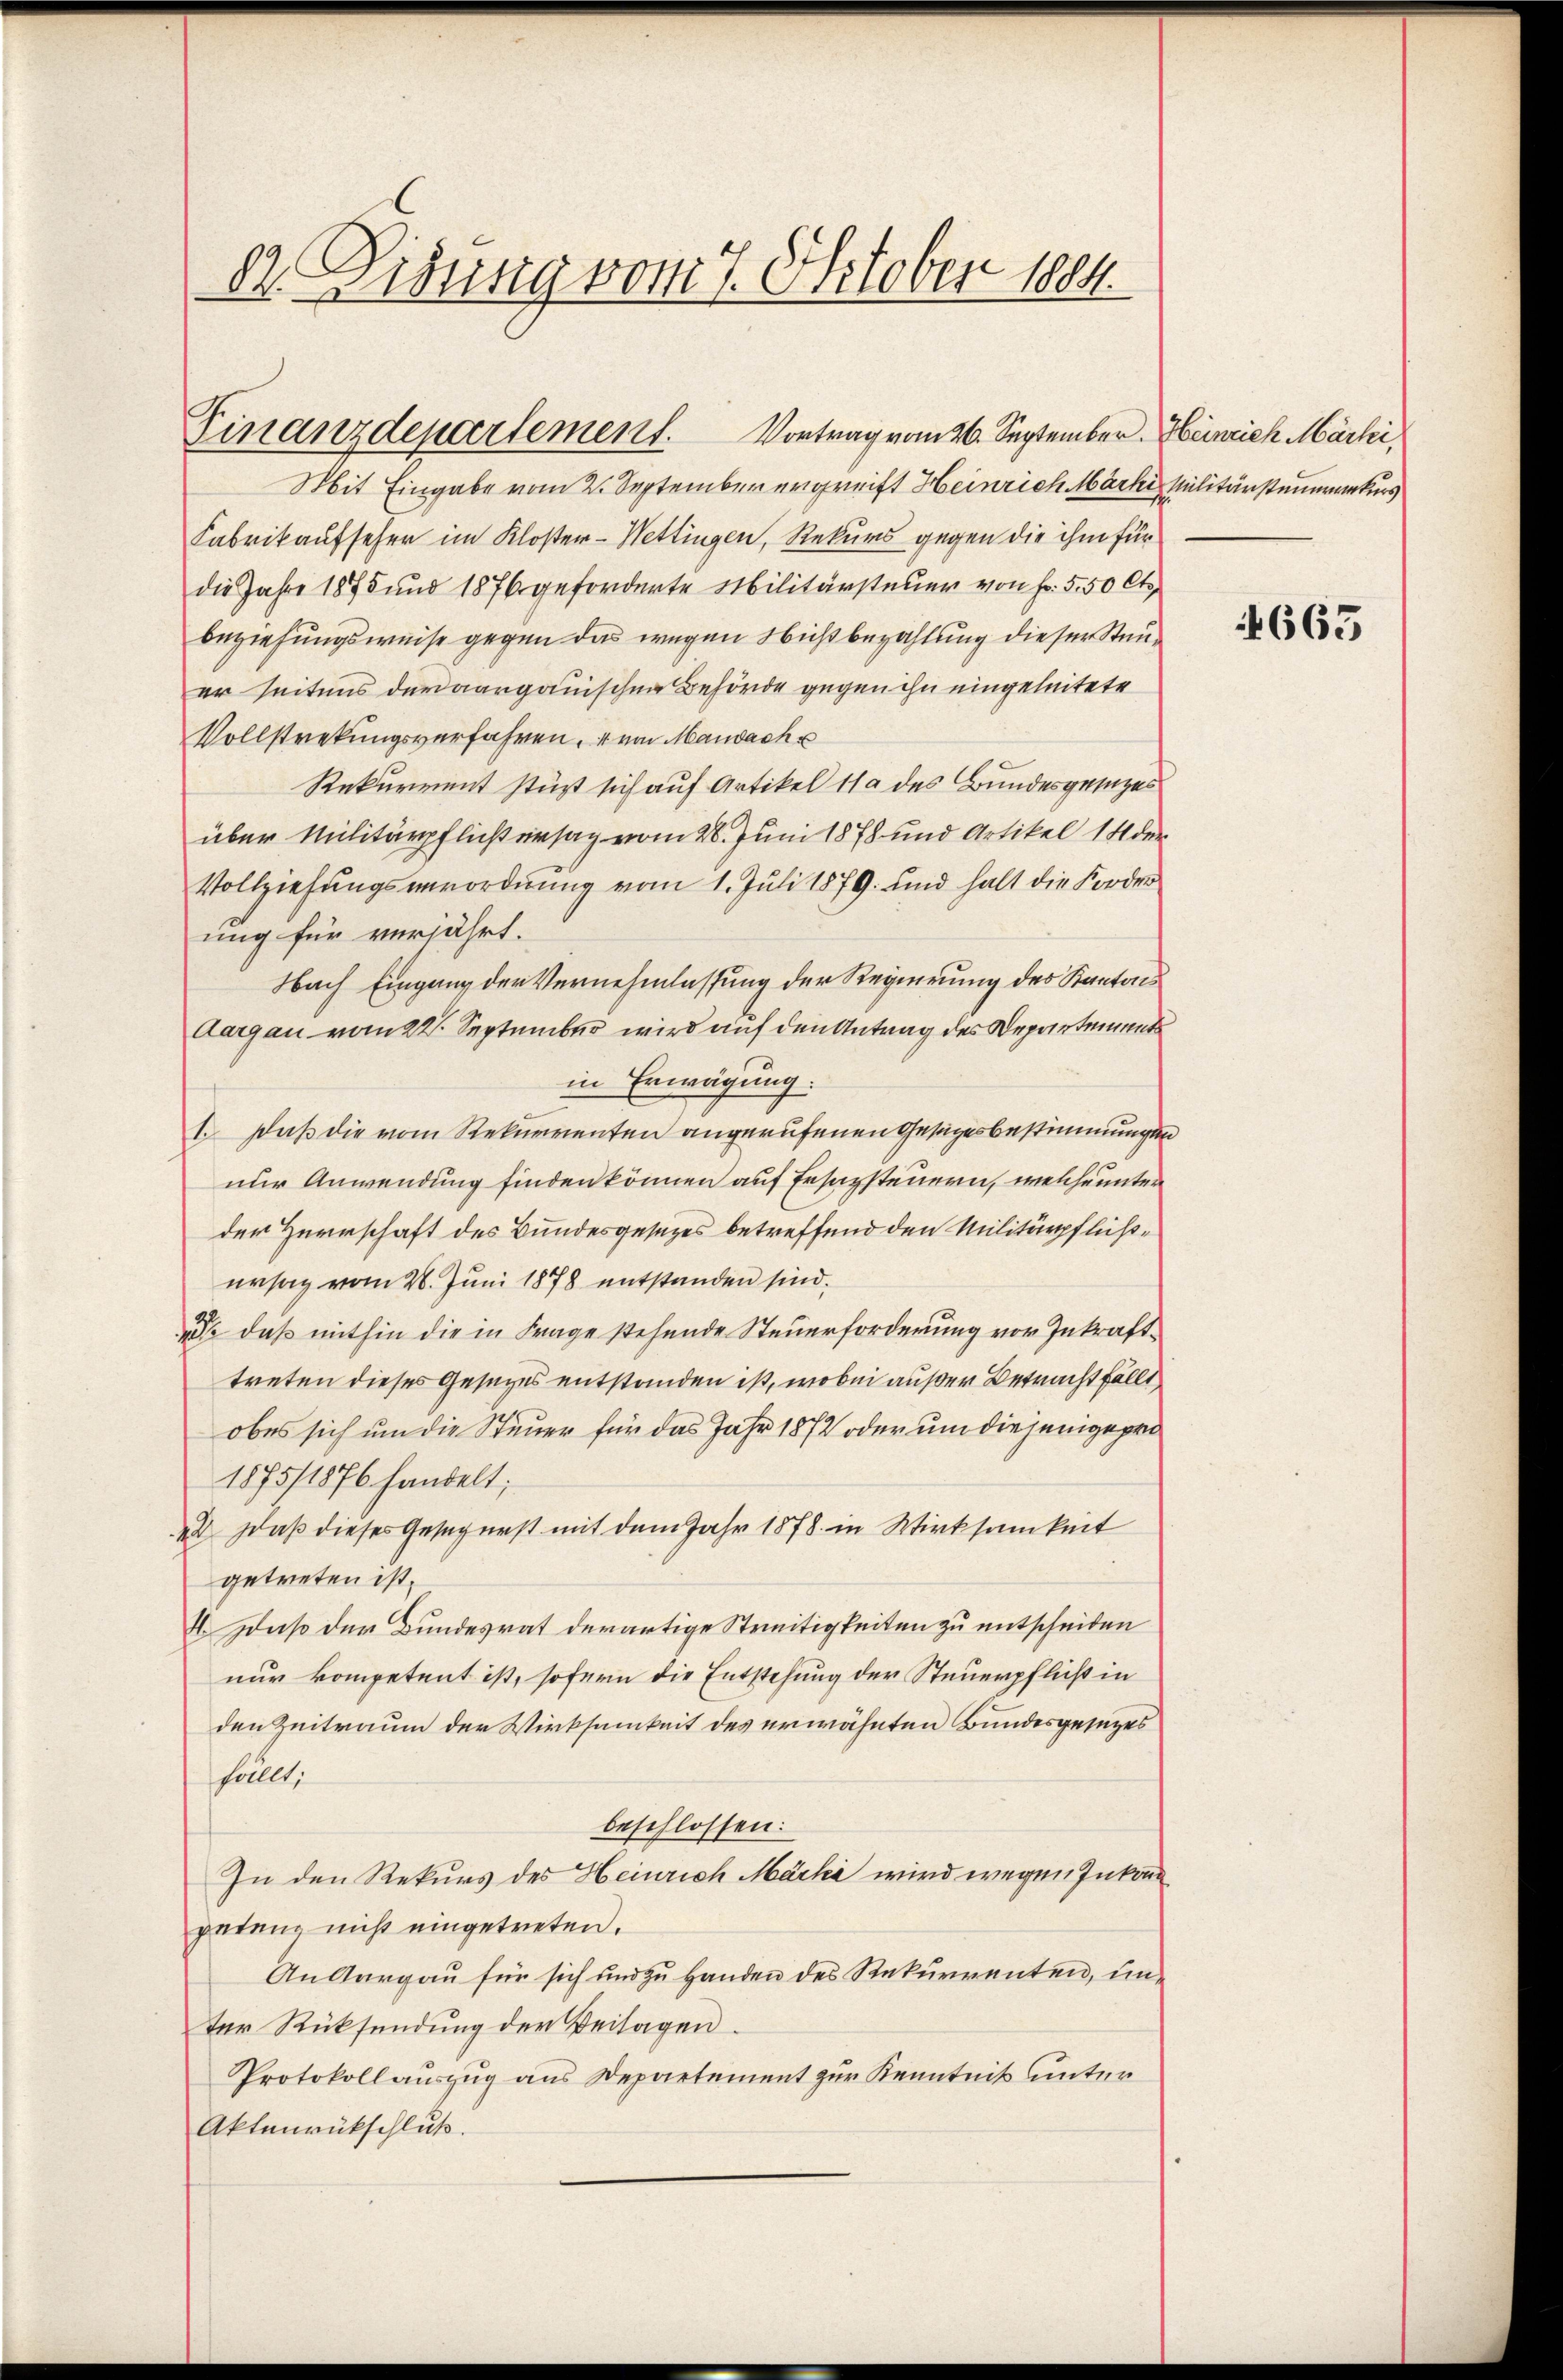
82. Disung vom 7. Oktober 1884.

Finanzdepartement. Vortrag vom 26. September. Heinrich Märki,

Mit Eingabe vom 2. September ergreift Heinrich Mark Militärsteuernkurs
Fabrikaufseher im Kloster-Wettingen, Rekurs gegen die ihm für
die Jahre 1875 und 1876 geforderte Militärsteuer von Fr. 5. 50 Cts.
beziehungsweise gegen das wegen Nichtbezahlung dieser Steuer seitens der aargauischen Behörde gegen ihn eingeleitete
Vollstrekungsverfahren, 4 von Mandach u
Rekurrent stürt sich auf Artikel 11 des Bundesgesezes
über Militärpflichtersag vom 28. Juni 1878 und Artikel 14 der
Vollziehungsverordnung vom 1. Juli 1879. und halt die Forder
ung für verjährt.
Nach Eingang der Vernehmlassung der Regierung des Kantons
Aargau vom 22. September wird auf den Antrag des Departements
in Erwägung.
1. Daß die vom Rekurrenten angerufenen Gesuchesbestimmungen
nur Anwendung finden können auf Ersatzsteuern, welche unter
der Herrschaft des Bundesgesezes betreffend den Militärpflichersag vom 20. Juni 1878 entstanden sind.
 daß mithin die in Frage stehende Steuerforderung vor Inkrafttreten dieses Gesetzes entstanden ist, wobei außer Betracht fällt
obes sich um die Steuer für das Jahr 1872 oder um diejenige pro
1875/1876 handelt;
42. Daß dieses Gesegerst mit dem Jahr 1878 in Wirksamkeit
getreten ist,
4. Daß der Bundesrat derartige Streitigkeiten zu entscheiden
nur kompetent ist, sofern die Entstehung der Steuerpflicht in
den Zeitraum der Wirksamkeit des erwähnten Bundesgesezes
fällt;
beschlossen:
In den Rekurs des Heinrich Märki wird wegen Inkon
petanz nicht eingetreten.
An Aargau für sich und zu Handen des Rekurrenten, un-
Der Rücksendung der Beilagen.
Protokollauszug aus Departement zur Kenntniß unter
Aktenrückschluß.

4663